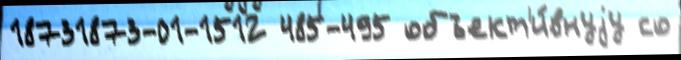
18731873-01-1512 485-495 объект'и́внуjу со